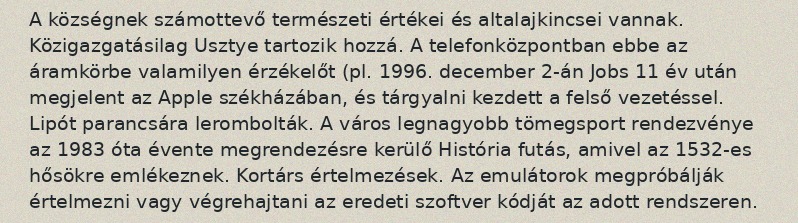
A községnek számottevő természeti értékei és altalajkincsei vannak. Közigazgatásilag Usztye tartozik hozzá. A telefonközpontban ebbe az áramkörbe valamilyen érzékelőt (pl. 1996. december 2-án Jobs 11 év után megjelent az Apple székházában, és tárgyalni kezdett a felső vezetéssel. Lipót parancsára lerombolták. A város legnagyobb tömegsport rendezvénye az 1983 óta évente megrendezésre kerülő História futás, amivel az 1532-es hősökre emlékeznek. Kortárs értelmezések. Az emulátorok megpróbálják értelmezni vagy végrehajtani az eredeti szoftver kódját az adott rendszeren.